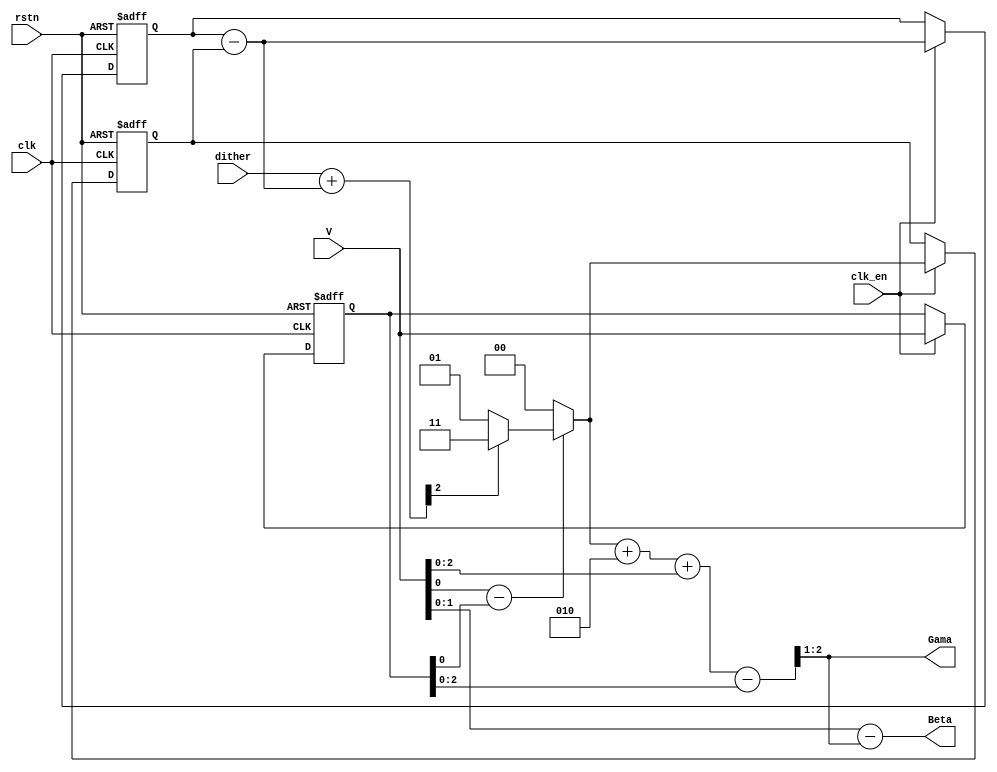
//#######################################
// 6-inputs Decouple Sequence Generator
// 1st-order
// Version 1.6
//#######################################

module Decp_Gen6(clk, clk_en, rstn, dither, V, Gama, Beta);

//-----------------------------------
// clk: input clock;
// rstn: rest signal, 0 enable rest;
// dither: Input dither sequence;
// V: Input selected element number;
// Gama: Input selected zeros number;
// Beta: Input selected ones number;
//-----------------------------------

input clk, clk_en, rstn;
input signed [1:0] dither;
input signed [3:0] V; //V<=4
output [1:0] Gama; //0,1,2
output [1:0] Beta; //1,2,3

wire signed [1:0] LO;
wire signed [1:0] LF;
wire signed [2:0] LD;
wire signed [1:0] LQ;
wire signed [3:0] Vdiff;
wire Sel;
wire signed [2:0] K;
wire signed [3:0] KA;
wire signed [2:0] L=3'b010;
reg  signed [1:0] LFD;
reg  signed [1:0] LOD;
reg  signed [3:0] VD; // V Delay

// Delay
always @(posedge clk or negedge rstn) begin
	if(rstn==0)begin
		VD <=4'b0;
		LFD<=2'b0;
		LOD<=2'b0;
	end
	else if(clk_en)begin
		VD <=V;
		LFD<=LF;
		LOD<=LO;
	end
	else begin
		VD <=VD;
		LFD<=LFD;
		LOD<=LOD;
	end
end

// Sel Node
assign Vdiff=V-VD;
assign Sel=Vdiff[0]^L[0];

// LO Node
assign LO=Sel ? LQ:0;

// LF Node
assign LF=LFD-LOD;

// LD Node
assign LD=dither+LF;

// LQ Node
assign LQ=LD[2] ? 2'b11:2'b01;

// K Node
assign K=LO+L;

// KA Node
assign KA=K+V-VD;

// Output
assign Gama = KA[2:1];
assign Beta = V[2:0]-{1'b0,Gama};

endmodule